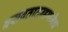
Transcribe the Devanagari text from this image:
बसवतातम्हणजेच